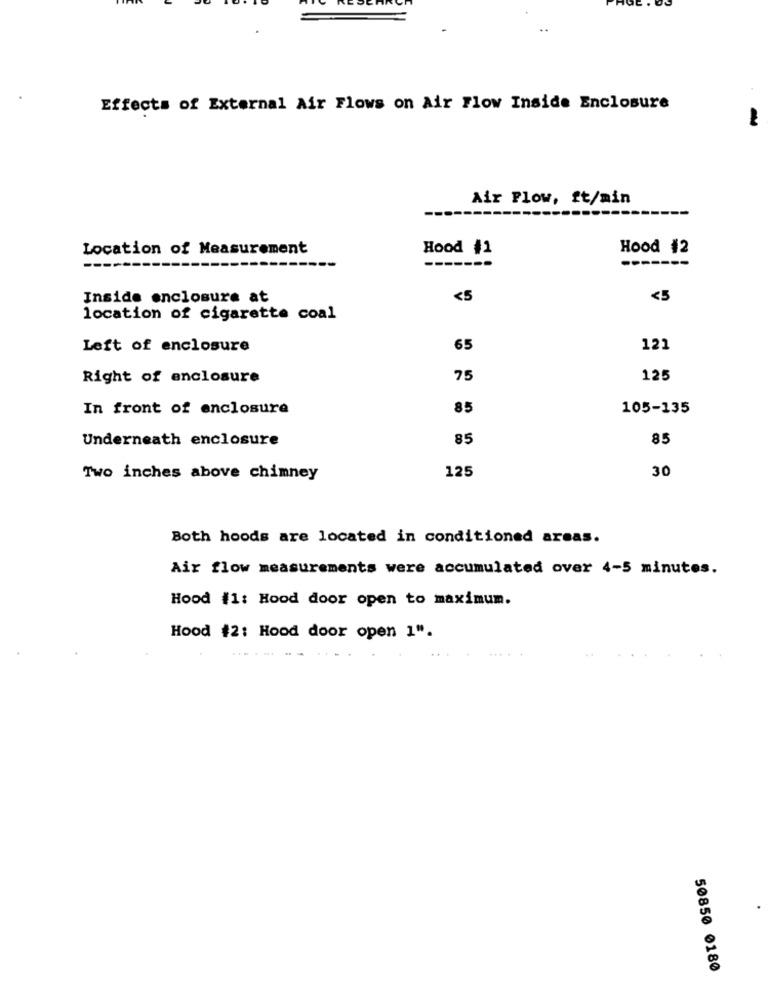
Effects of External Air Flows on Air Flow Inside Enclosure
Air Flow, ft/min
Location of Measurement
Hood #1
Hood #2
-----
Inside enclosure at
<5
<5
location of cigarette coal
Left of enclosure
65
121
Right of enclosure
75
125
In front of enclosure
85
105-135
Underneath enclosure
85
85
125
30
Two inches above chimney
Both hoods are located in conditioned areas.
Air flow measurements were accumulated over 4-5 minutes.
Hood #1: Hood door open to maximum.
Hood #2: Hood door open 1".
......
50850 0180